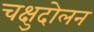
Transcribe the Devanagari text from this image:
चक्षुदोलन